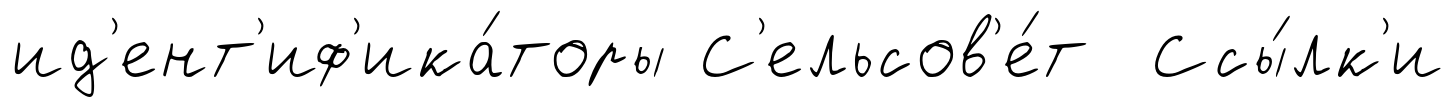
ид'ент'иф'ика́торы С'ельсов'е́т Ссы́лк'и